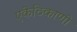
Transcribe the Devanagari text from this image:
एकेठिकाणी